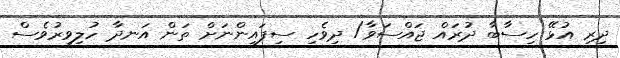
ދިރި އުޅޭ ހިސާބާ ދުރައް ޖައްސަވާ/ ދިވެހި ސިފައިންނަށް ތަން އަނދާ ހުލިވިރުވެސް